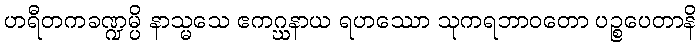
ဟရီတကခဏ္ဍမ္ပိ နာသ္မသေ ဧကဂ္ဃနာယ ရဟဿော သုကရဘာဝတော ပဉ္စပေတာနိ